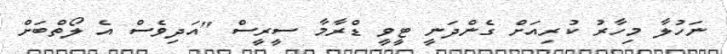
ނަހުލާ މިހާރު ކުރިއަށް ގެންދަނީ ޓީވީ ޑްރާމާ ސީރީސް "އަދިވެސް އެ ލޯތްބަށް